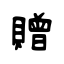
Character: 贈